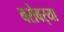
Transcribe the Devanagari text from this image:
बरोबर्‍या